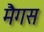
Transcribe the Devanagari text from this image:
मैगस